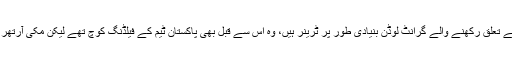
ذمہ دار ذرائع کا کہنا ہے کہ زمبابوے سے تعلق رکھنے والے گرانٹ لوڈن بنیادی طور پر ٹرینر ہیں، وہ اس سے قبل بھی پاکستان ٹیم کے فیلڈنگ کوچ تھے لیکن مکی آرتھر نے ان پر سٹیو رکسن کو ترجیح دی تھی۔